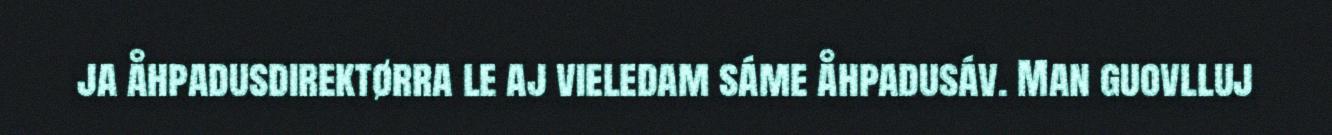
ja åhpadusdirektørra le aj vieledam sáme åhpadusáv. Man guovlluj